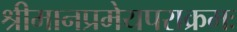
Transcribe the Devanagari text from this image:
श्रीमानप्रमेयपराक्रमः